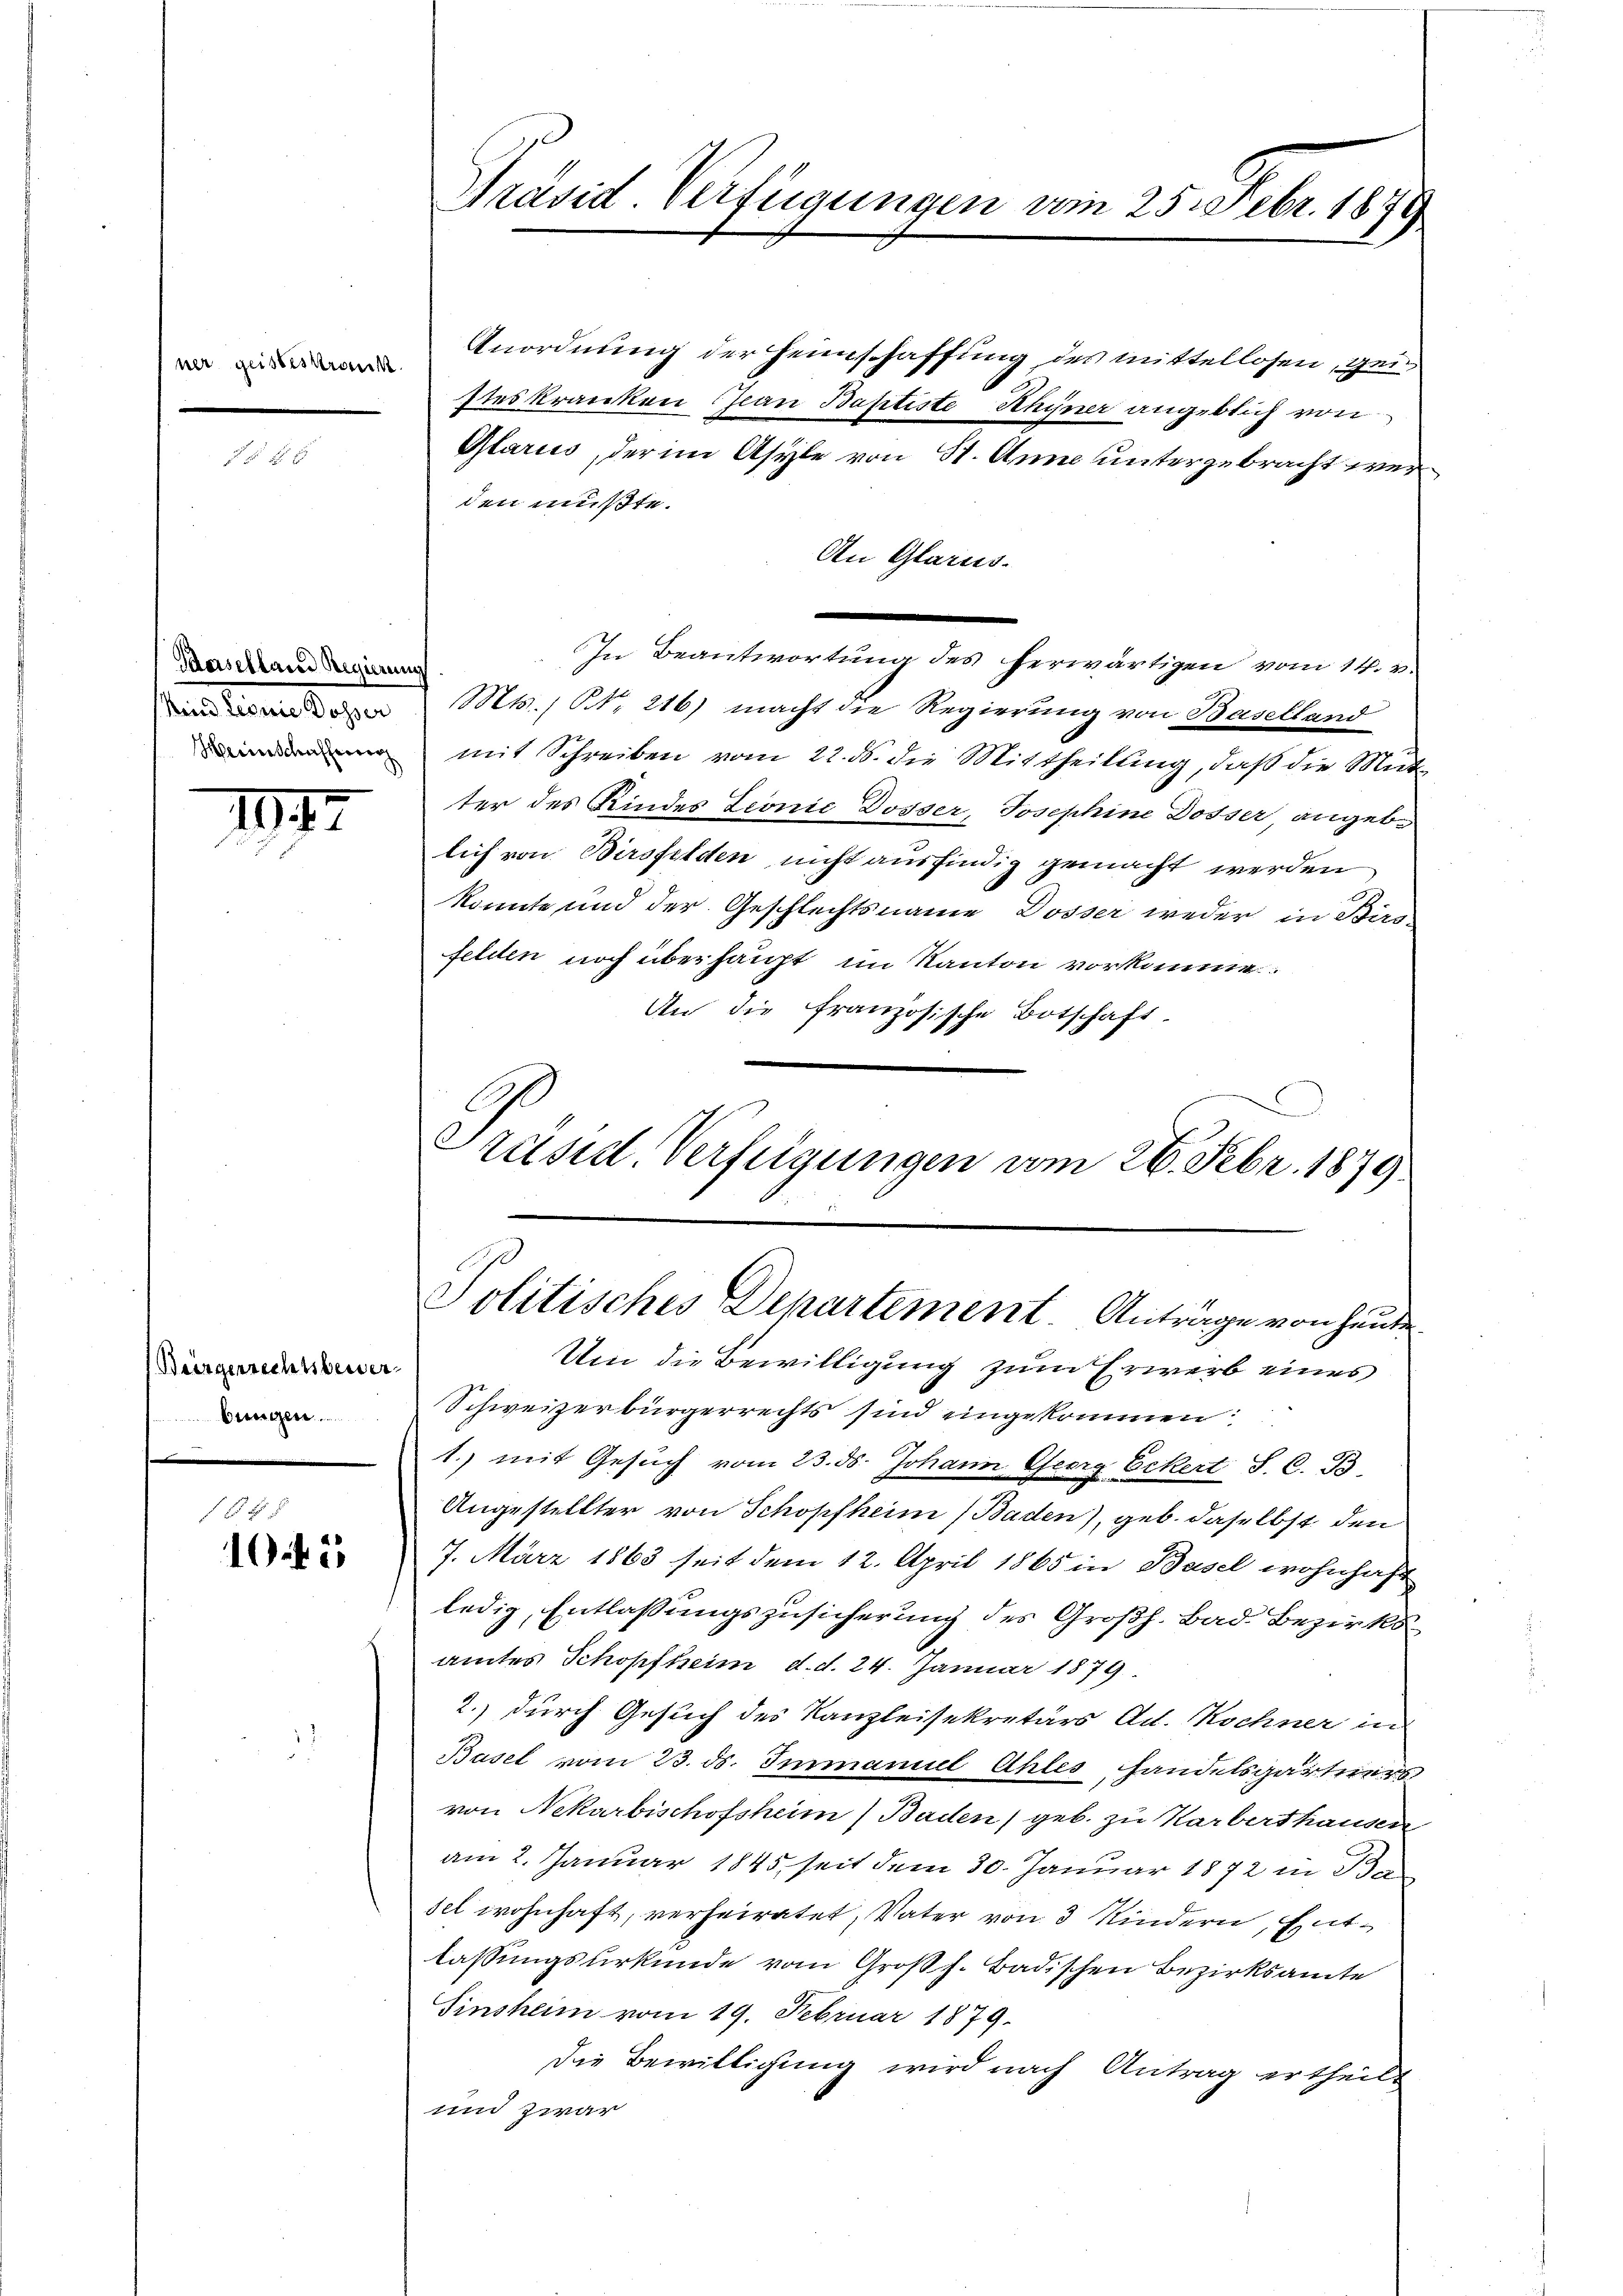
ner geisteskrank.

Dersellarer Regierung
ind Segnie Dosser
Meinerschafferner

177

Beörgerrechtsbewer
bungen
f

154 x
1045

Präsid. Verfügungen vom 25. Febr. 1879

Anordnung der Heimschaffung des mittellosen, geisteskranken Jean Baptiste Rhyner angeblich von
Glarus, der im Asyle von St. Anna untergebracht werden mußte.
An Glarus.
In Beantwortung des herwärtigen vom 14. v.
Mts., N. 216) macht die Regierung von Baselland
mit Schreiben vom 22. ds. die Mittheilung, daß die Mutter des Kindes Leonie Dosser, Josephine Dosser angebe
lich von Birsfelden nicht ausfindig gemacht werden
könnte und der Geschlechtsname Dosser weder in Birs
felden noch überhaupt im Kanton vorkomme.
An die französische Botschaft.
Präsid. Verfügungen vom 26. Febr. 1879.

Politisches Departement. Antrage von Heute

Um die Bewilligung zum Erwerb eines
Schweizerbürgerrechts sind eingekommen
1. mit Gesŭch vom 23. ds. Johann Georg Eckert S. C. B
Angestellter von Schopfheim (Baden), geb. daselbst den
7. März 1863 seit dem 12. April 1865 in Basel wohnhaft
ledig, Entlassungszusicherung des Großh. Bad. Bezirks
amtes Schopfheim, d. d. 24. Januar 1879.
2.) durch Gesuch des Kanzleisekretärs Ad. Kochner in
Basel vom 23. ds. Immanuel Ahles andelsgärtners
von Nekarbischofsheim (Baden) geb. zu Karberthausern
am 2. Januar 1845 seit dem 30. Januar 1872 in de
sel wohnhaft, verheiratet, Vater von 3 Kindern, Entlassungsurkunde vom Großh. Badischen Bezirksamte
Sinsheim vom 19. Februar 1879.
Die Bewilligung wird nach Antrag ertheilt
und zwar